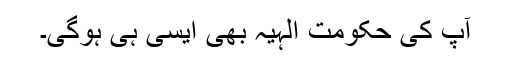
آپ کی حکومتِ الہیہ بھی ایسی ہی ہوگی۔